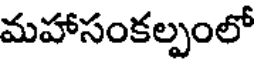
మహాసంకల్పంలో